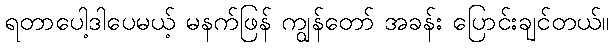
ရတာပေါ့ဒါပေမယ့် မနက်ဖြန် ကျွန်တော် အခန်း ပြောင်းချင်တယ်။